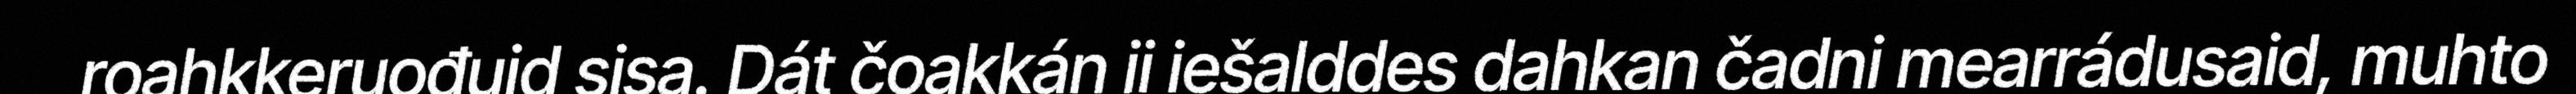
roahkkeruođuid sisa. Dát čoakkán ii iešalddes dahkan čadni mearrádusaid, muhto